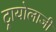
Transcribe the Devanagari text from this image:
ट्रायोलाजी